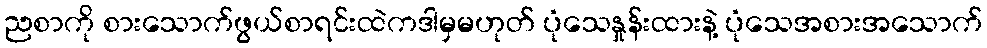
ညစာကို စားသောက်ဖွယ်စာရင်းထဲကဒါမှမဟုတ် ပုံသေနှုန်းထားနဲ့ ပုံသေအစားအသောက်